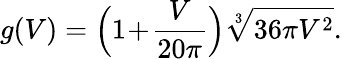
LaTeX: g(V)=\Big(1\! +\! \frac V{20\pi}\Big)\sqrt[3]{36\pi V^{2}}.